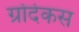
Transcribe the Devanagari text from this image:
ग्रोदेकस